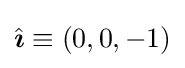
{\hat {\boldsymbol {\imath }}}\equiv (0,0,-1)